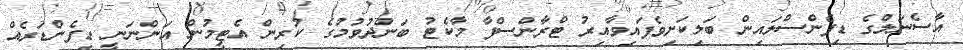
އާސެނަލްގެ ޑިފެންސްލައިން ބަލިކަށިވެފައިވާއިރު ޓްރާންސްފާ މާކެޓު ބަންދުވުމުގެ ކުރިން އެޓީމުން އަންނަނީ ޑިފެންޑަރެއް